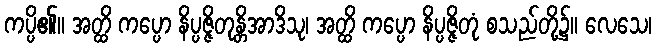
ကပ္ပိ၏။ အတ္ထိ ကပ္ပော နိပ္ပဇ္ဇိတုန္တိအာဒိသု၊ အတ္ထိ ကပ္ပော နိပ္ပဇ္ဇိတုံ စသည်တို့၌။ လေသေ၊